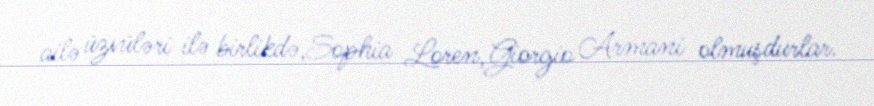
ailə üzvüləri ilə birlikdə,Sophia Loren,Giorgio Armani olmuşdurlar.